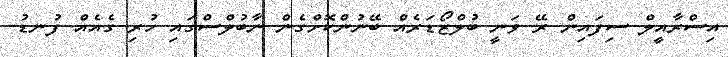
އިސްރާއީލް ސިފައިން ރޭ ވަނީ ބުލްޒޯޑަރެއް ބޭނުންކޮށްގެން ނާބުލްސްގައި ހުރި ގެއެއް ފުނޑު